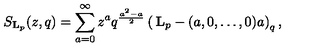
S _ { \mathbf { L } _ { p } } ( z , q ) = \sum _ { a = 0 } ^ { \infty } z ^ { a } q ^ { \frac { a ^ { 2 } - a } { 2 } } \left( \begin{matrix} { { \mathbf { L } _ { p } - ( a , 0 , \dots , 0 ) } } \\ { a } \\ \end{matrix} \right) _ { q } ,